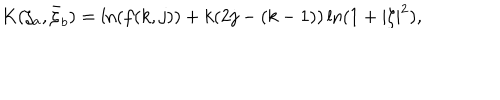
K ( \zeta _ { a } , \bar { \zeta } _ { b } ) = \ln ( f ( k , j ) ) + k ( 2 j - ( k - 1 ) ) \ln ( 1 + | \zeta | ^ { 2 } ) ,